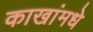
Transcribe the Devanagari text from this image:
काखांमधे